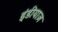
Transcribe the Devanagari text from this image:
इंडीयाज़